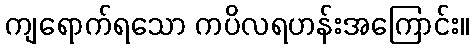
ကျရောက်ရသော ကပိလရဟန်းအကြောင်း။